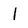
Character: I